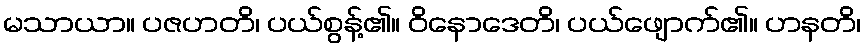
မသာယာ။ ပဇဟတိ၊ ပယ်စွန့်၏။ ဝိနောဒေတိ၊ ပယ်ဖျောက်၏။ ဟနတိ၊